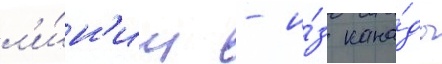
л'и́н'ии - и́з кана́ды